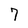
Character: 7